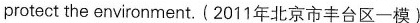
protect the environment. (2011年北京市丰台区一模)